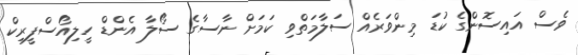
ވެސް އައިސޮންގެ ކުޑަ މިންވަރެއް ސަލާމަތްވި ކަމަށް ނާސާގެ ސޯލާ އެންޑް ހީލިއޯސްފީރިކް